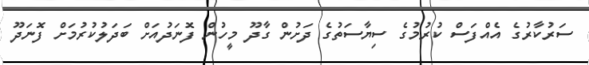
ސަރުކާރުގެ އެއްފަސް ކުރުމުގެ ސިޔާސަތުގެ ދަށުން ގާދޫ މީހުން ފޮނަދުއަށް ބަދަލުކުރުމަށް ފޮނަދޫ